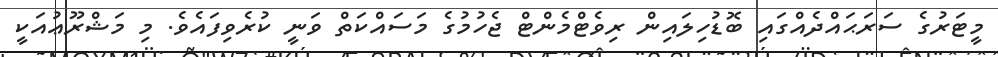
މީޓަރުގެ ސަރަޙައްދެއްގައި ބޮޑުހިލައިން ރިވެޓްމެންޓް ޖެހުމުގެ މަސައްކަތް ވަނީ ކުރެވިފައެވެ. މި މަޝްރޫޢުއަކީ